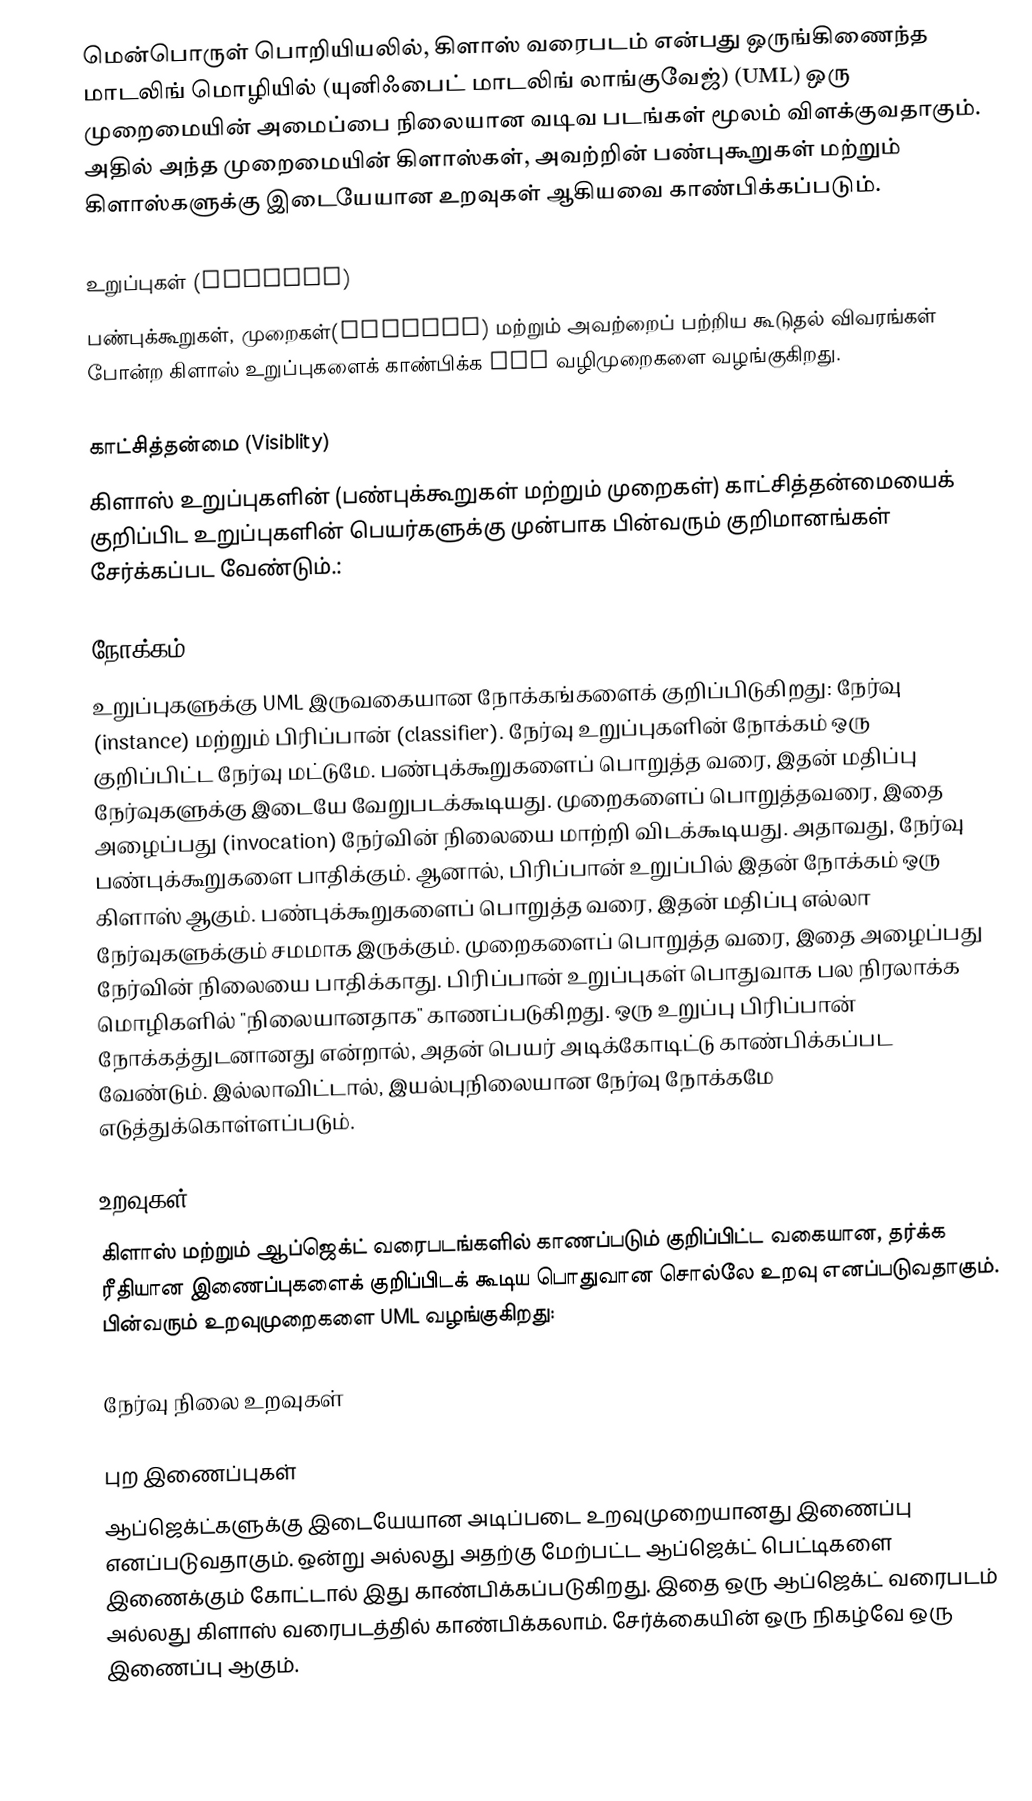
மென்பொருள் பொறியியலில், கிளாஸ் வரைபடம் என்பது ஒருங்கிணைந்த மாடலிங் மொழியில் (யுனிஃபைட் மாடலிங் லாங்குவேஜ்) (UML) ஒரு முறைமையின் அமைப்பை நிலையான வடிவ படங்கள் மூலம் விளக்குவதாகும். அதில் அந்த முறைமையின் கிளாஸ்கள், அவற்றின் பண்புகூறுகள் மற்றும் கிளாஸ்களுக்கு இடையேயான உறவுகள் ஆகியவை காண்பிக்கப்படும்.

உறுப்புகள் (Members)
பண்புக்கூறுகள், முறைகள்(methods) மற்றும் அவற்றைப் பற்றிய கூடுதல் விவரங்கள் போன்ற கிளாஸ் உறுப்புகளைக் காண்பிக்க UML வழிமுறைகளை வழங்குகிறது.

காட்சித்தன்மை (Visiblity)
கிளாஸ் உறுப்புகளின் (பண்புக்கூறுகள் மற்றும் முறைகள்) காட்சித்தன்மையைக் குறிப்பிட உறுப்புகளின் பெயர்களுக்கு முன்பாக பின்வரும் குறிமானங்கள் சேர்க்கப்பட வேண்டும்.:

நோக்கம்
உறுப்புகளுக்கு UML இருவகையான நோக்கங்களைக் குறிப்பிடுகிறது: நேர்வு (instance) மற்றும் பிரிப்பான் (classifier). நேர்வு உறுப்புகளின் நோக்கம் ஒரு குறிப்பிட்ட நேர்வு மட்டுமே. பண்புக்கூறுகளைப் பொறுத்த வரை, இதன் மதிப்பு நேர்வுகளுக்கு இடையே வேறுபடக்கூடியது. முறைகளைப் பொறுத்தவரை, இதை அழைப்பது (invocation) நேர்வின் நிலையை மாற்றி விடக்கூடியது. அதாவது, நேர்வு பண்புக்கூறுகளை பாதிக்கும். ஆனால், பிரிப்பான் உறுப்பில் இதன் நோக்கம் ஒரு கிளாஸ் ஆகும். பண்புக்கூறுகளைப் பொறுத்த வரை, இதன் மதிப்பு எல்லா நேர்வுகளுக்கும் சமமாக இருக்கும். முறைகளைப் பொறுத்த வரை, இதை அழைப்பது நேர்வின் நிலையை பாதிக்காது. பிரிப்பான் உறுப்புகள் பொதுவாக பல நிரலாக்க மொழிகளில் "நிலையானதாக" காணப்படுகிறது. ஒரு உறுப்பு பிரிப்பான் நோக்கத்துடனானது என்றால், அதன் பெயர் அடிக்கோடிட்டு காண்பிக்கப்பட வேண்டும். இல்லாவிட்டால், இயல்புநிலையான நேர்வு நோக்கமே எடுத்துக்கொள்ளப்படும்.

உறவுகள்
கிளாஸ் மற்றும் ஆப்ஜெக்ட் வரைபடங்களில் காணப்படும் குறிப்பிட்ட வகையான, தர்க்க ரீதியான இணைப்புகளைக் குறிப்பிடக் கூடிய பொதுவான சொல்லே உறவு எனப்படுவதாகும். பின்வரும் உறவுமுறைகளை UML வழங்குகிறது:

நேர்வு நிலை உறவுகள்

புற இணைப்புகள்
ஆப்ஜெக்ட்களுக்கு இடையேயான அடிப்படை உறவுமுறையானது இணைப்பு எனப்படுவதாகும். ஒன்று அல்லது அதற்கு மேற்பட்ட ஆப்ஜெக்ட் பெட்டிகளை இணைக்கும் கோட்டால் இது காண்பிக்கப்படுகிறது. இதை ஒரு ஆப்ஜெக்ட் வரைபடம் அல்லது கிளாஸ் வரைபடத்தில் காண்பிக்கலாம். சேர்க்கையின் ஒரு நிகழ்வே ஒரு இணைப்பு ஆகும்.